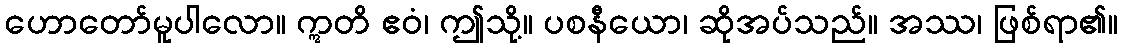
ဟောတော်မူပါလော။ ဣတိ ဧဝံ၊ ဤသို့။ ပစနီယော၊ ဆိုအပ်သည်။ အဿ၊ ဖြစ်ရာ၏။